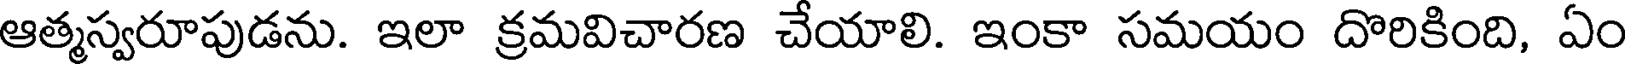
ఆత్మస్వరూపుడను. ఇలా క్రమవిచారణ చేయాలి. ఇంకా సమయం దొరికింది, ఏం